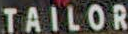
TAILOR